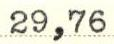
29,76